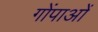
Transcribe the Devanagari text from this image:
गोंपाओं